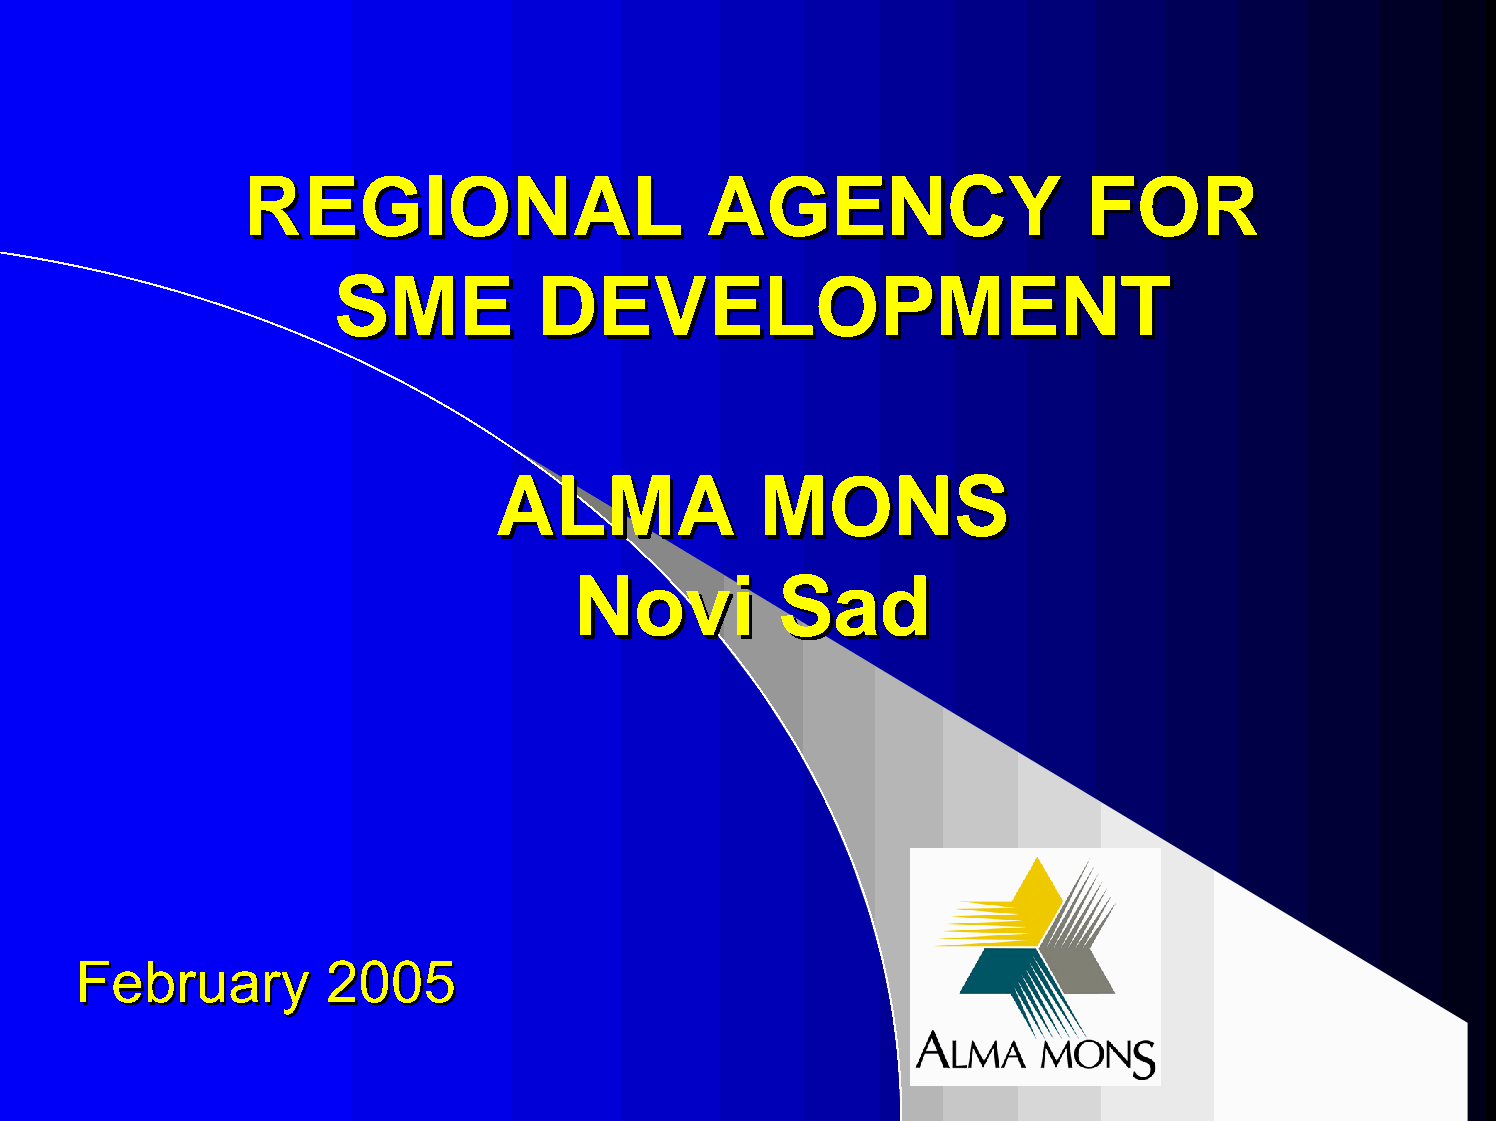
RREEGGIIOONNAALL               AAGGEENNCCYY             FFOORR
 SSMMEE        DDEEVVEELLOOPPMMEENNTT
 AALLMMAA         MMOONNSS
 NNoovvii      SSaadd
 FFeebbrruuaarryy 22000055